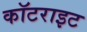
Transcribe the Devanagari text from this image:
कॉटराइट